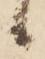
候